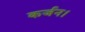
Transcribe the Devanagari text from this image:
कर्जन।